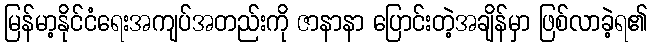
မြန်မာ့နိုင်ငံရေးအကျပ်အတည်းကို ဇာနာနာ ပြောင်းတဲ့အချိန်မှာ ဖြစ်လာခဲ့ရ၏